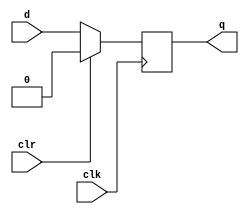

////////////////////////////////////////////////////////////////////////////////
// Company: 
// Engineer:
//
// Design Name:    
// Module Name:    DFF_clr
// Project Name:   
// Target Device:  
// Tool versions:  
// Description:
//
// Dependencies:
// 
// Revision:
// Revision 0.01 - File Created
// Additional Comments:
// 
////////////////////////////////////////////////////////////////////////////////
module DFF_clr(d, clk, clr, q);
    input d ;
    input clk ;
    input clr ;
    output q ;

	 reg q ;

	 always @ (posedge clk)
	 begin
	 		if (clr) q <= 1'b 0 ;
			else q <= d ;
	 end

endmodule